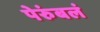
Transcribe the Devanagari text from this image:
पेरुंबलं